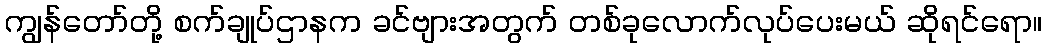
ကျွန်တော်တို့ စက်ချုပ်ဌာနက ခင်ဗျားအတွက် တစ်ခုလောက်လုပ်ပေးမယ် ဆိုရင်ရော။